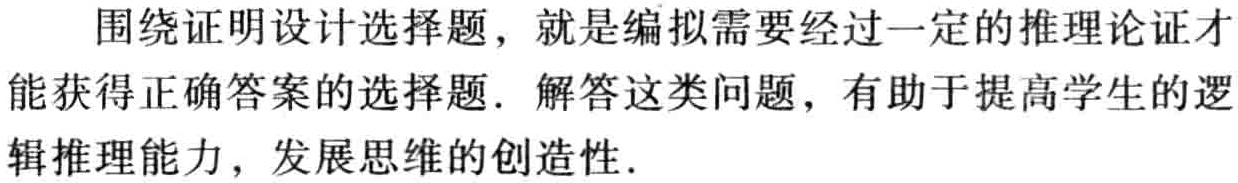
围绕证明设计选择题，就是编拟需要经过一定的推理论证才能获得正确答案的选择题．解答这类问题，有助于提高学生的逻辑推理能力，发展思维的创造性．